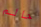
حالم